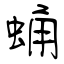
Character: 蛹